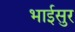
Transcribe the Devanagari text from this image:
भाईसुर